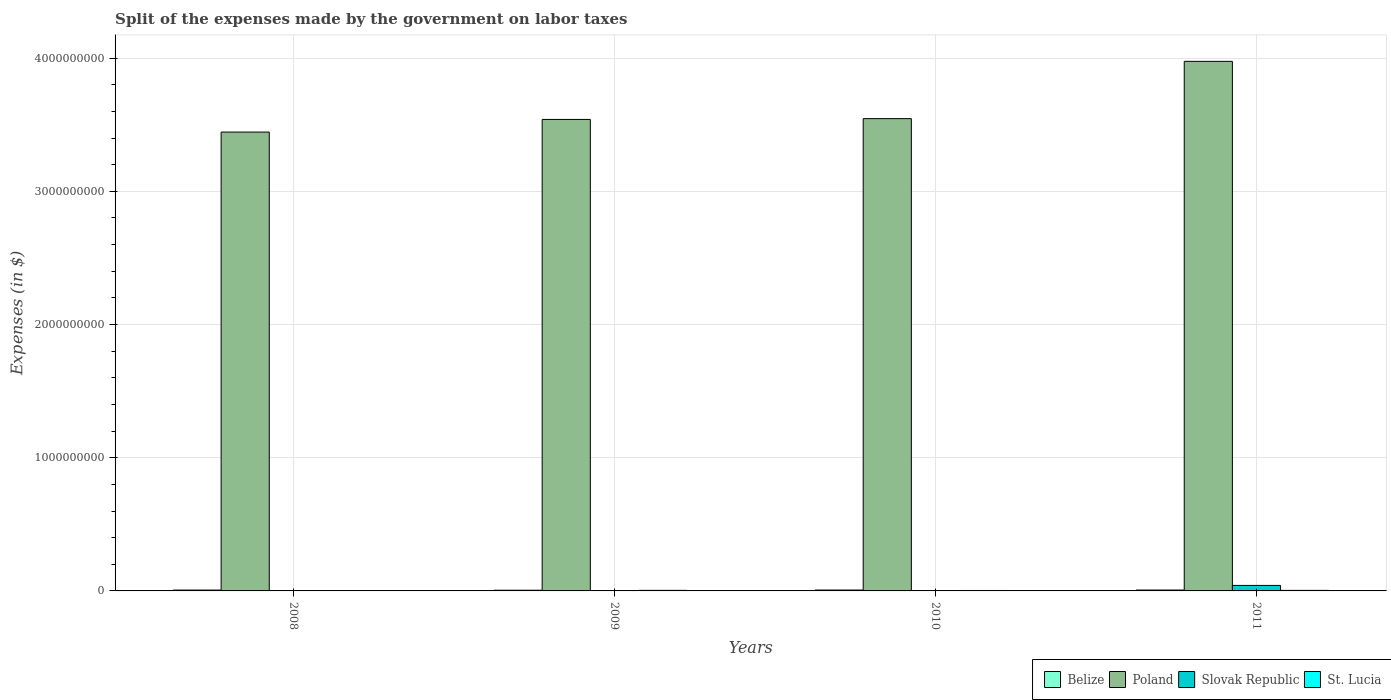
| Years | Belize | Poland | Slovak Republic | St. Lucia |
 | --- | --- | --- | --- | --- |
 | 2008 | 6.32e+06 | 3.44e+09 | 1.39e+06 | 2.3e+06 |
 | 2009 | 5.26e+06 | 3.54e+09 | 7.25e+05 | 4.2e+06 |
 | 2010 | 6.57e+06 | 3.55e+09 | 3.61e+05 | 3.3e+06 |
 | 2011 | 6.67e+06 | 3.98e+09 | 4.13e+07 | 4e+06 |